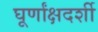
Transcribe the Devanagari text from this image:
घूर्णांक्षदर्शी